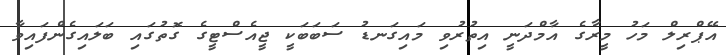
އޭޕްރިލް މަހު މީރާގެ އާމްދަނީ އިތުރުވި މައިގަނޑު ސަބަބަކީ ޖީއެސްޓީގެ ގޮތުގައި ބަލައިގެންފައިވާ